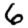
Digit: 6